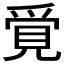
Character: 𧠳